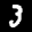
Label: 3